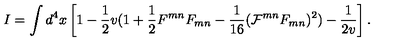
I = \int d ^ { 4 } x \left[ 1 - \frac { 1 } { 2 } v ( 1 + \frac { 1 } { 2 } F ^ { m n } F _ { m n } - \frac { 1 } { 1 6 } ( { \cal { F } } ^ { m n } F _ { m n } ) ^ { 2 } ) - \frac { 1 } { 2 v } \right] .